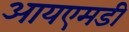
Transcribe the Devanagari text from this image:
आयएमडी